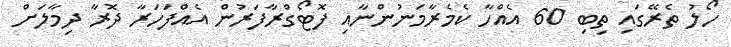
ހޯލު ތެރޭގައި ތިބި 60 އެއްހާ ކެމެރާމަނުންނާއި ފޮޓޯގްރާފަރުން އެއްފަހަރާ ދޮރާ ދިމާލަށް